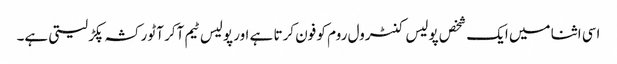
اسی اثنا میں ایک شخص پولیس کنٹرول روم کو فون کرتا ہے اور پولیس ٹیم آکر آٹو رکشہ پکڑ لیتی ہے۔